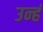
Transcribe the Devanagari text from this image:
उन्हं